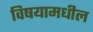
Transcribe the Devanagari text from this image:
विषयामधील